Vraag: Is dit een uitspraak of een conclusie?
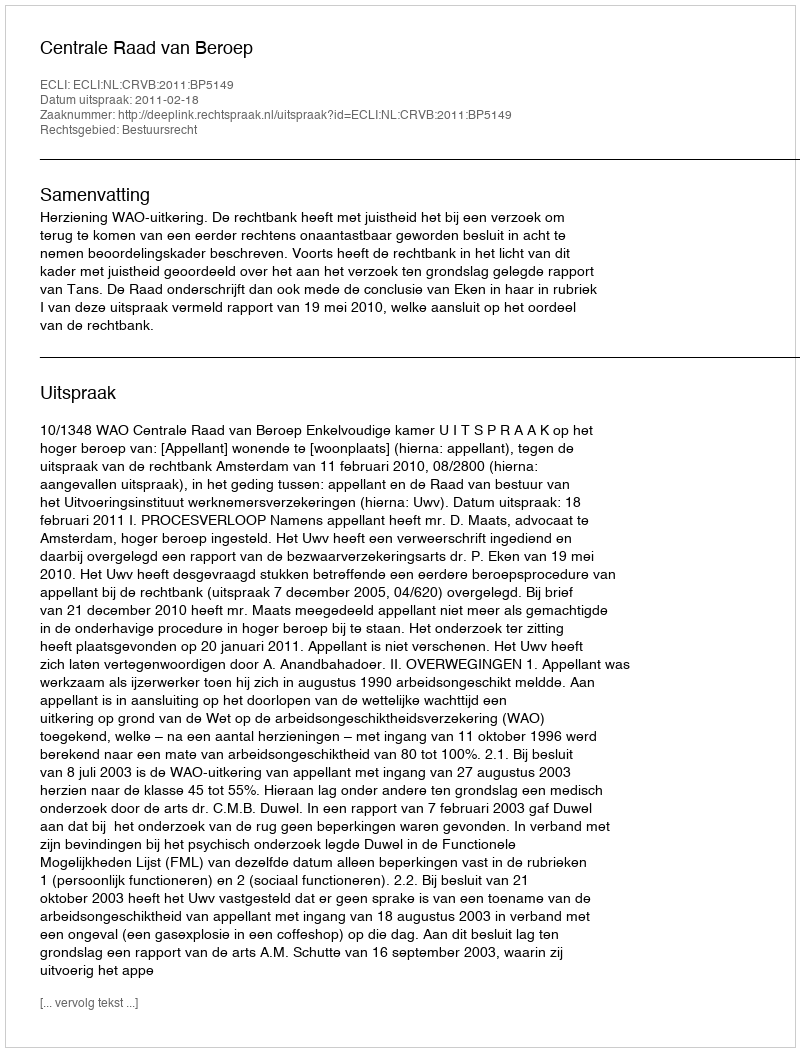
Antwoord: Uitspraak